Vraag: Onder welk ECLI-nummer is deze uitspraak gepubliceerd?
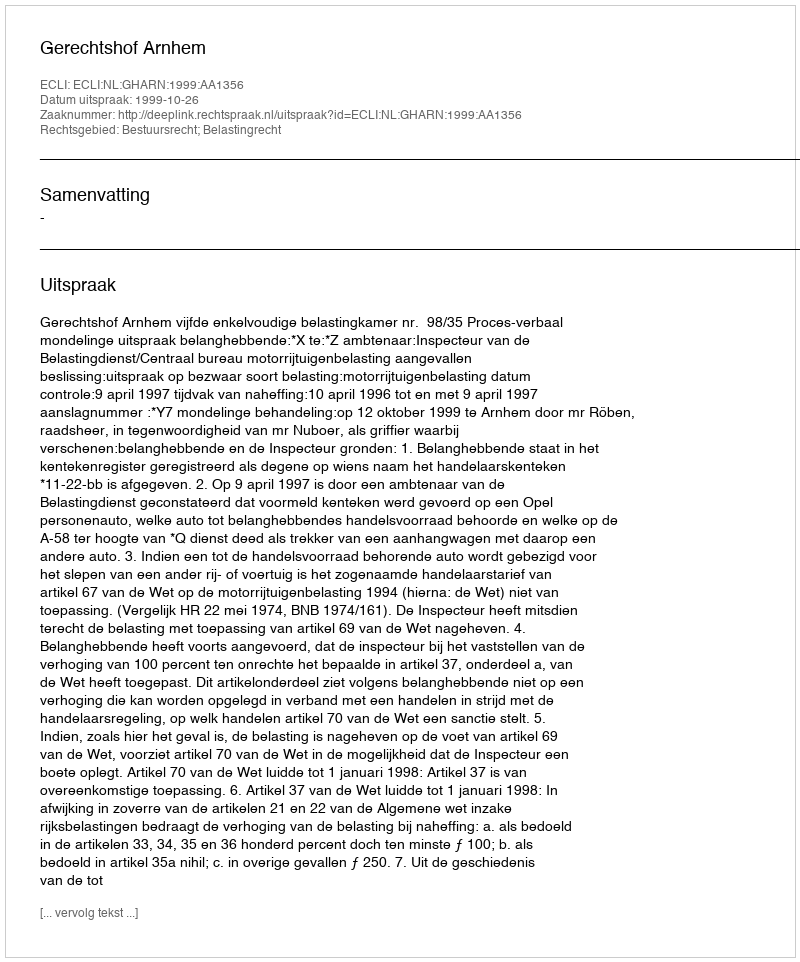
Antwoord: ECLI:NL:GHARN:1999:AA1356